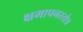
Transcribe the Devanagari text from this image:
क्षमापनस्तोत्र